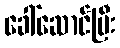
ခေါ်ဆောင်ပြီး